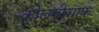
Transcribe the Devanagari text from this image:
कोलमीशाक